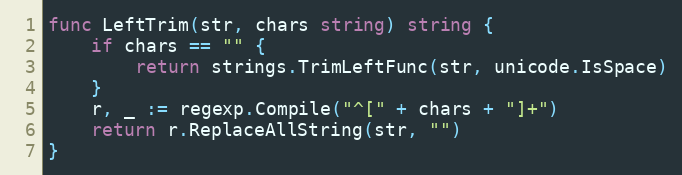
Language: Go
func LeftTrim(str, chars string) string {
	if chars == "" {
		return strings.TrimLeftFunc(str, unicode.IsSpace)
	}
	r, _ := regexp.Compile("^[" + chars + "]+")
	return r.ReplaceAllString(str, "")
}